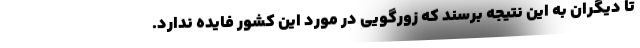
تا دیگران به این نتیجه برسند که زورگویی در مورد این کشور فایده ندارد.